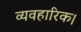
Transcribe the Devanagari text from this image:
व्यवहारिक।